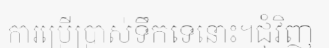
ការប្រើប្រាស់ទឹកទេនោះ។ជុំវិញ